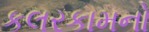
કલરકામનો